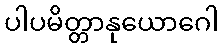
ပါပမိတ္တာနုယောဂေါ